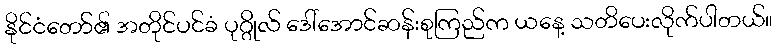
နိုင်ငံတော်၏ အတိုင်ပင်ခံ ပုဂ္ဂိုလ် ဒေါ်အောင်ဆန်းစုကြည်က ယနေ့ သတိပေးလိုက်ပါတယ်။